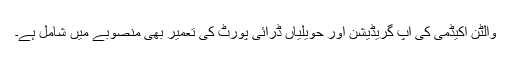
والٹن اکیڈمی کی اپ گریڈیشن اور حویلیاں ڈرائی پورٹ کی تعمیر بھی منصوبے میں شامل ہے۔